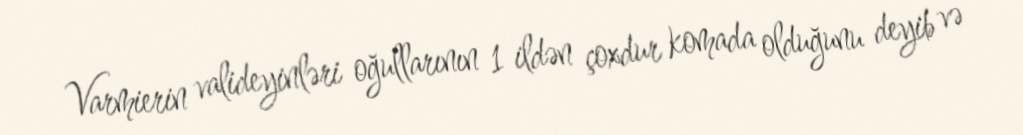
Varmierin valideyinləri oğullarının 1 ildən çoxdur komada olduğunu deyib və